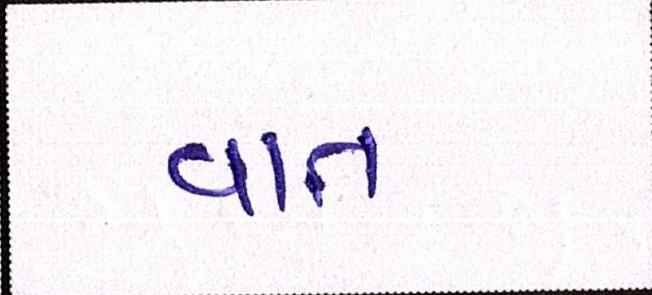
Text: વાત